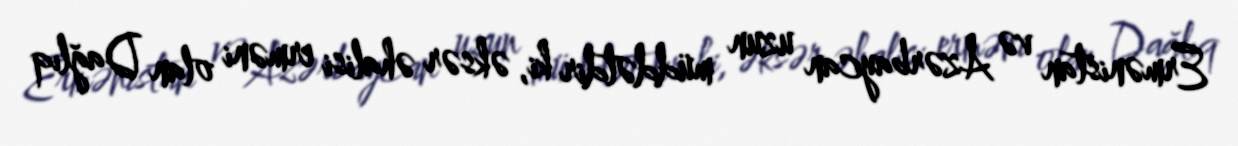
Ermənistan və Azərbaycan uzun müddətdir ki, əksər əhalisi erməni olan Dağlıq